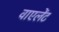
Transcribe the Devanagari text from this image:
वाएलेंट